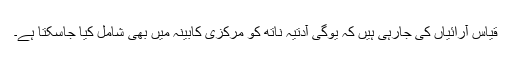
قیاس آرائیاں کی جارہی ہیں کہ یوگی آدتیہ ناتھ کو مرکزی کابینہ میں بھی شامل کیا جاسکتا ہے۔